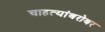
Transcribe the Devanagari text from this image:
चाहत्यांबरोबर